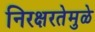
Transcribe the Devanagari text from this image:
निरक्षरतेमुळे